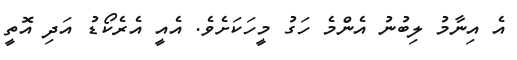
އެ އިނާމު ލިބުނު އެންމެ ހަގު މީހަކަށެވެ. އެއީ އެރެކޯޑު އަދި އޮތީ